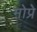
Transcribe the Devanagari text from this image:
मोप्रे